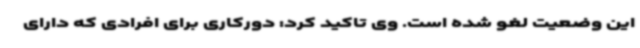
این وضعیت لغو شده است. وی تاکید کرد: دورکاری برای افرادی که دارای